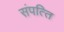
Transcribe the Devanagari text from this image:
संपत्‍ति